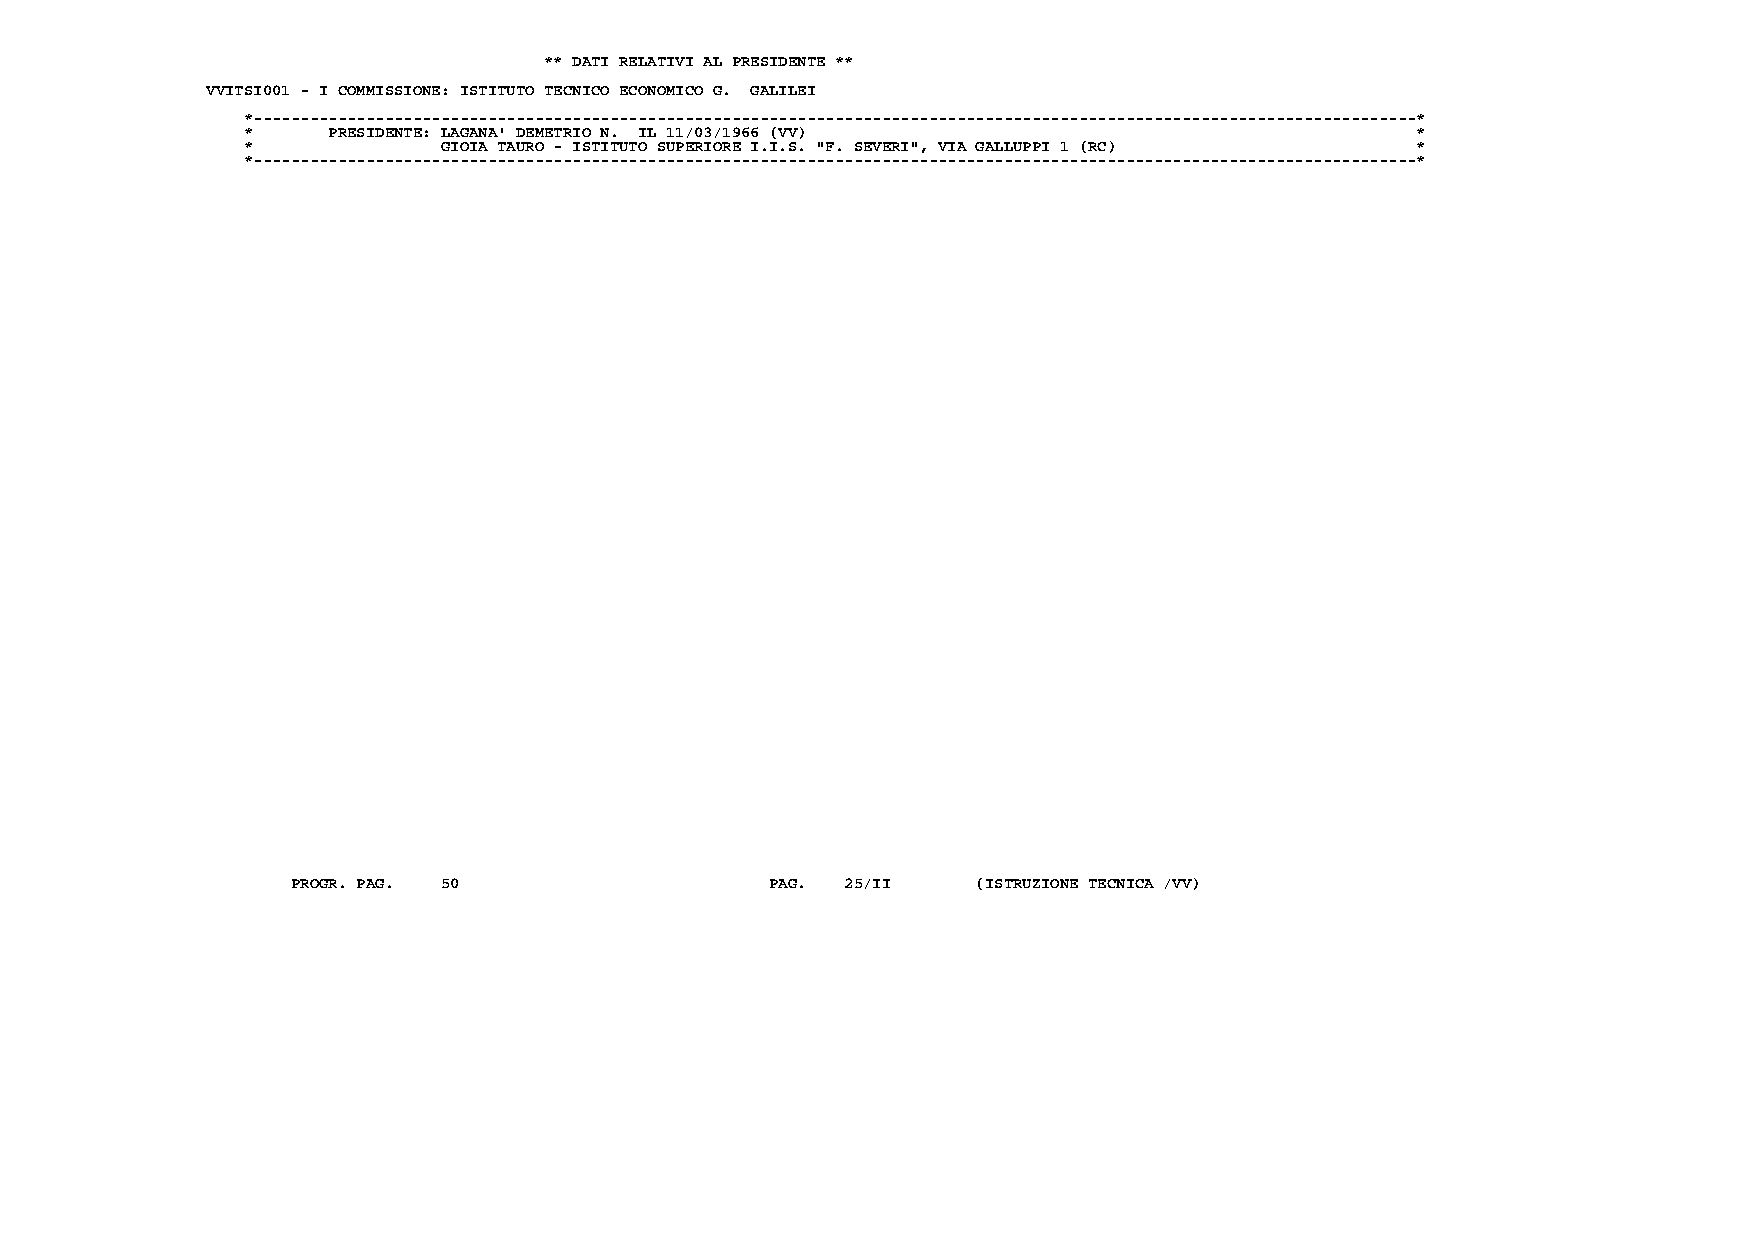
** DATI RELATIVI AL PRESIDENTE **
 VVITSI001 - I COMMISSIONE: ISTITUTO TECNICO ECONOMICO G. GALILEI
 *----------------------------------------------------------------------------------------------------------------------------*
 *     PRESIDENTE: LAGANA' DEMETRIO N. IL 11/03/1966 (VV)                      *
 *            GIOIA TAURO - ISTITUTO SUPERIORE I.I.S. "F. SEVERI", VIA GALLUPPI 1 (RC) *
 *----------------------------------------------------------------------------------------------------------------------------*
 PROGR. PAG. 50                  PAG. 25/II    (ISTRUZIONE TECNICA /VV)